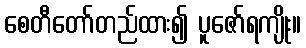
စေတီတော်တည်ထား၍ ပူဇော်ရကျိုး။